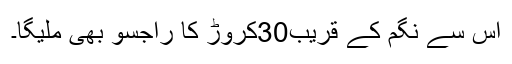
اس سے نگم کے قریب30کروڑ کا راجسو بھی ملیگا۔